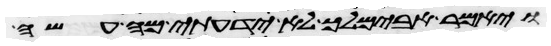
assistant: ויאמר אבימלך לא ידעתי מי עשה